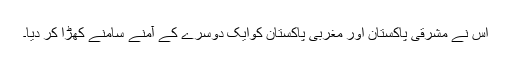
اس نے مشرقی پاکستان اور مغربی پاکستان کوایک دوسرے کے آمنے سامنے کھڑا کر دیا۔